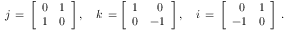
j \, = \, { \left[ \begin{array} { l l } { 0 } & { 1 } \\ { 1 } & { 0 } \end{array} \right] } \, , \quad k \, = { \left[ \begin{array} { l l } { 1 } & { \; ~ 0 } \\ { 0 } & { - 1 } \end{array} \right] } \, , \quad i \, = \, { \left[ \begin{array} { l l } { \; ~ 0 } & { 1 } \\ { - 1 } & { 0 } \end{array} \right] } ~ .